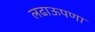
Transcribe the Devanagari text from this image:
लढाऊपणा